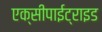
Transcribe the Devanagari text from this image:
एक्सीपाईट्राइड